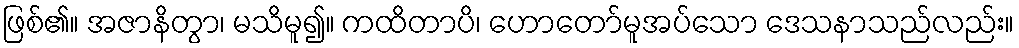
ဖြစ်၏။ အဇာနိတွာ၊ မသိမူ၍။ ကထိတာပိ၊ ဟောတော်မူအပ်သော ဒေသနာသည်လည်း။